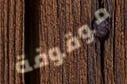
موقوفة